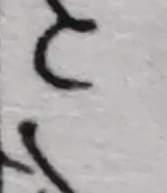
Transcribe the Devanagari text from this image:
ट
ग